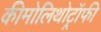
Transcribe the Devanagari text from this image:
कीमोलिथोट्रॉफी